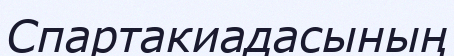
Спартакиадасының